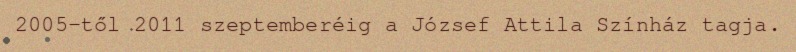
2005-től 2011 szeptemberéig a József Attila Színház tagja.